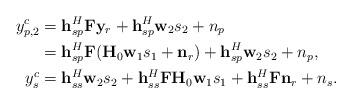
LaTeX: \begin{align*}y_{p,2}^c&=\mathbf{h}_{sp}^H\mathbf{F}\mathbf{y}_r+\mathbf{h}_{sp}^H\mathbf{w}_2{s}_2+n_p\\&=\mathbf{h}_{sp}^H\mathbf{F}(\mathbf{H}_0\mathbf{w}_1{s}_1+\mathbf{n}_r)+\mathbf{h}_{sp}^H\mathbf{w}_2{s}_2+n_p,\\y_s^c&=\mathbf{h}_{ss}^H\mathbf{w}_2{s}_2+\mathbf{h}_{ss}^H\mathbf{F}\mathbf{H}_0\mathbf{w}_1{s}_1+\mathbf{h}_{ss}^H\mathbf{F}\mathbf{n}_r+n_s.\end{align*}